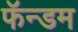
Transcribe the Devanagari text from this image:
फॅन्डम